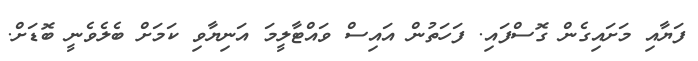
ފަޔާއި މަށައިގެން ގޮސްފައި. ފަހަތުން އައިސް ވައްޓާލީމަ އަނިޔާވި ކަމަށް ބެލެވެނީ ބޮޑަށް.